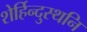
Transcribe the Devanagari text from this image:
शेर्हिन्दुस्थनि